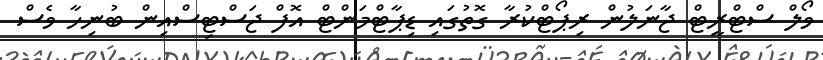
ވޯލް ސްޓްރީޓް ޖާނަލުން ރިޕޯޓްކުރާ ގޮތުގައި ޑިޕާޓްމަންޓް އޮފް ޖަސްޓިސްއިން ބުނިހާ ވެސް